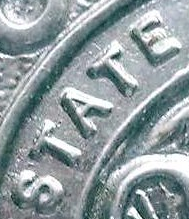
STATE